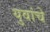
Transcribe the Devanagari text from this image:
युवांचे